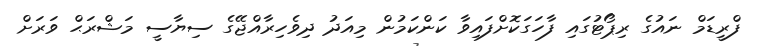
ފްރީޑަމް ނައުގެ ރިޕޯޓުގައި ފާހަގަކޮށްފައިވާ ކަންކަމުން މިއަދު ދިވެހިރާއްޖޭގެ ސިޔާސީ މަޝްރަޙް ވަރަށް